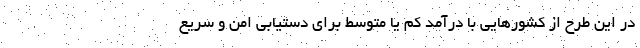
در این طرح از کشورهایی با درآمد کم یا متوسط برای دستیابی امن و سریع